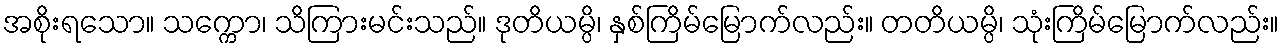
အစိုးရသော။ သက္ကော၊ သိကြားမင်းသည်။ ဒုတိယမ္ပိ၊ နှစ်ကြိမ်မြောက်လည်း။ တတိယမ္ပိ၊ သုံးကြိမ်မြောက်လည်း။